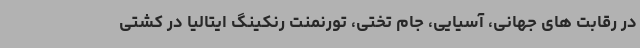
در رقابت های جهانی، آسیایی، جام تختی، تورنمنت رنکینگ ایتالیا در کشتی